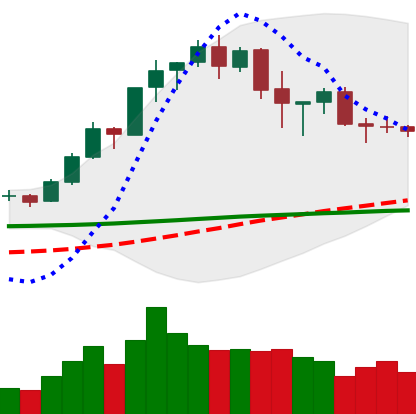
Ticker: BNB-USD
Chart end date: 2020-02-22
Forward return: -12.955%
Label: down_7plus